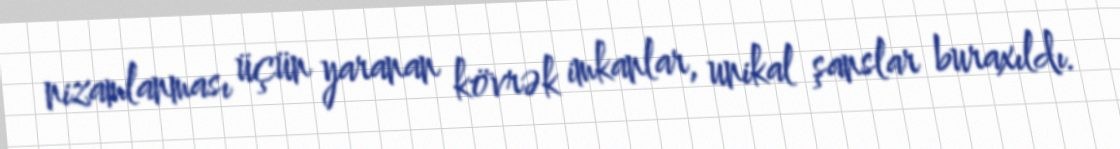
nizamlanması üçün yaranan kövrək imkanlar, unikal şanslar buraxıldı.